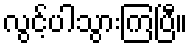
လွင့်ပါသွားကြပြီ။